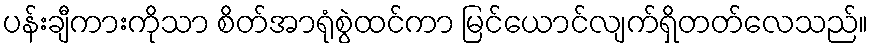
ပန်းချီကားကိုသာ စိတ်အာရုံစွဲထင်ကာ မြင်ယောင်လျက်ရှိတတ်လေသည်။